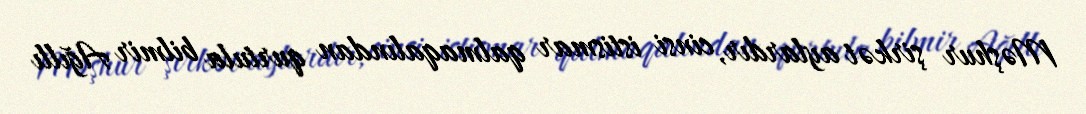
Məşhur şirkət aylardır, cinsi istismar qalmaqalından qurtula bilmir Ağıllı